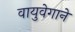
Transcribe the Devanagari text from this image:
वायुवेगाने